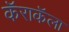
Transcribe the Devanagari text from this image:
कॅराकॅला